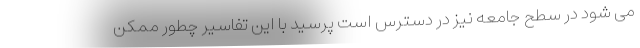
می شود در سطح جامعه نیز در دسترس است پرسید با این تفاسیر چطور ممکن